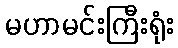
မဟာမင်းကြီးရုံး